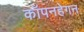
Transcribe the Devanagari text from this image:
कॉपनहेगन